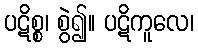
ပဋိစ္စ၊ စွဲ၍။ ပဋိကူလေ၊